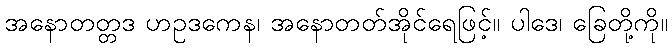
အနောတတ္တဒ ဟဥဒကေန၊ အနောတတ်အိုင်ရေဖြင့်။ ပါဒေ၊ ခြေတို့ကို။